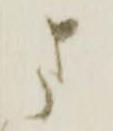
ま